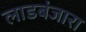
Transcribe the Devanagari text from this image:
लाडबंजारा